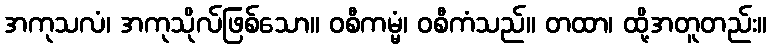
အကုသလံ၊ အကုသိုလ်ဖြစ်သော။ ဝစီကမ္မံ၊ ဝစီကံသည်။ တထာ၊ ထို့အတူတည်း။